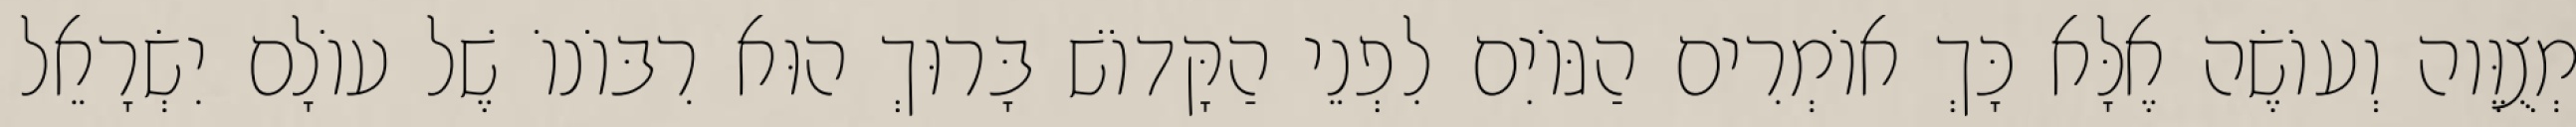
מְצֻוֶּוה וְעוֹשֶׂה אֶלָּא כָּךְ אוֹמְרִים הַגּוֹיִם לִפְנֵי הַקָּדוֹשׁ בָּרוּךְ הוּא רִבּוֹנוֹ שֶׁל עוֹלָם יִשְׂרָאֵל